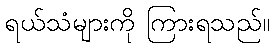
ရယ်သံများကို ကြားရသည်။